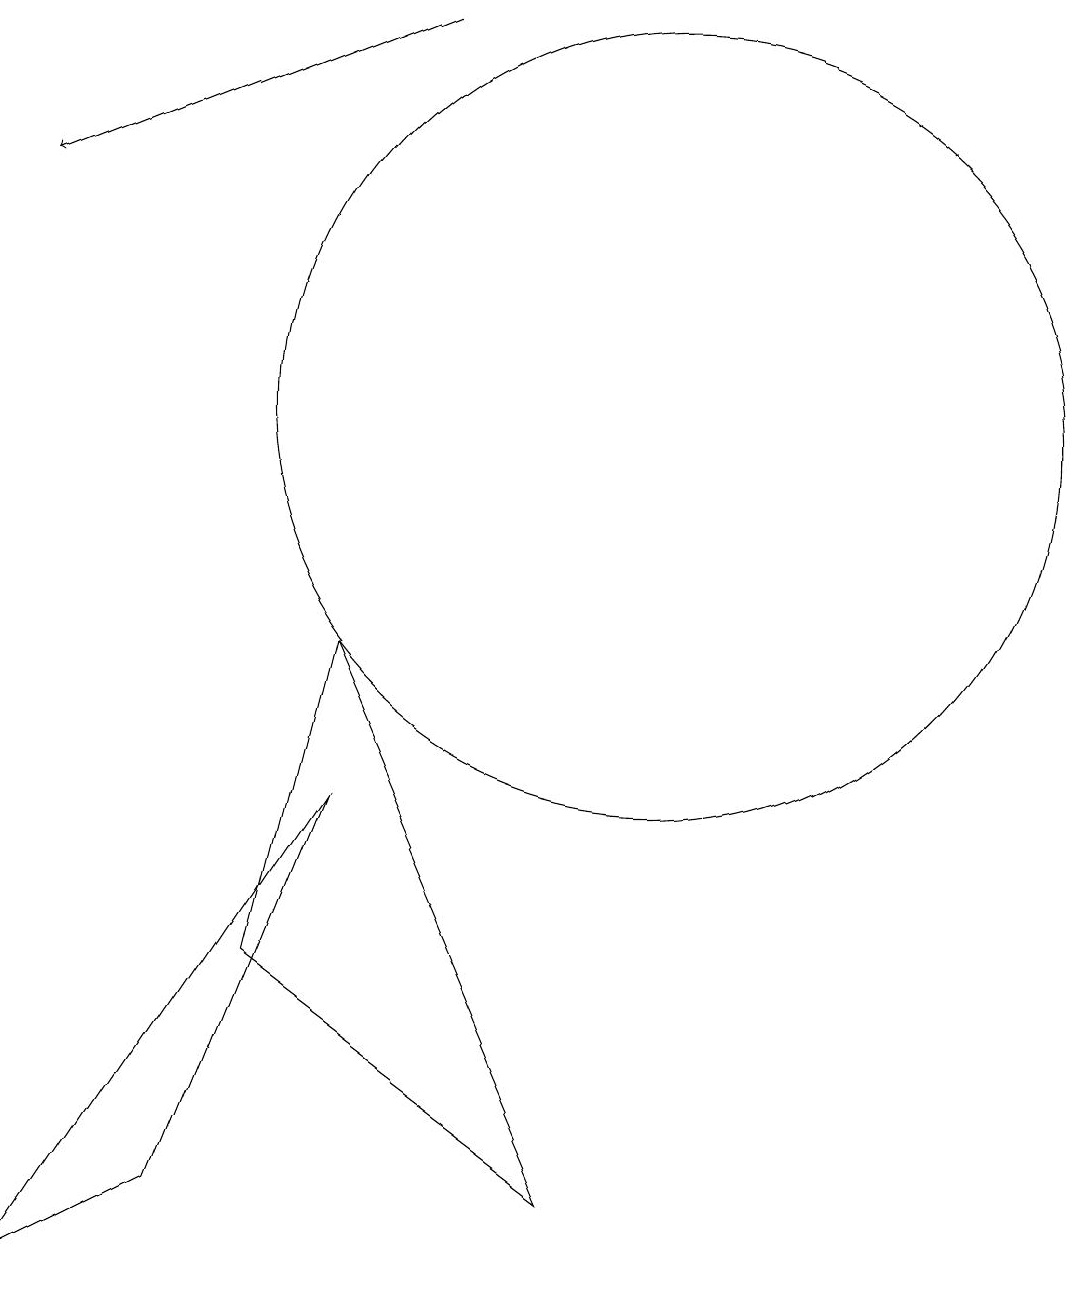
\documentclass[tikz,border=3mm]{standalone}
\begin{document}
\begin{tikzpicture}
\draw (9,1) -- (6,8) -- (5,4) -- cycle;
\draw (6,6) -- (4,1) -- (2,0) -- cycle;
\draw (12,11) circle (0);
\draw (10,11) circle (5);
\draw[->] (7,16) -- (2,14);
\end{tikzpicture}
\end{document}